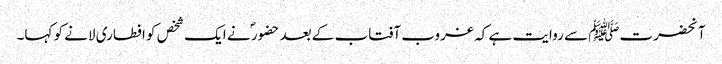
آنحضرتﷺ سے روایت ہے کہ غروب آفتاب کے بعد حضور ؐ نے ایک شخص کو افطاری لانے کو کہا۔